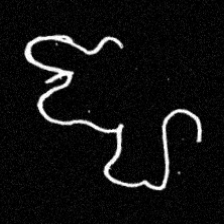
Pyu character \u2014 Myanmar letter: ဈ (romanized: jha)